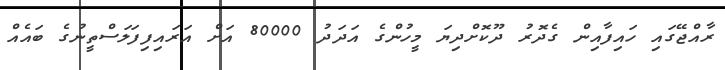
ރާއްޖޭގައި ހައިފާއިން ގެދޮރު ދޫކޮށްދިޔަ މީހުންގެ އަދަދު 80000 އަށް އަރައިފިފަލަސްތީނުގެ ބައެއް